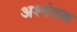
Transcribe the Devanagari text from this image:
अश्मंतक